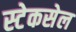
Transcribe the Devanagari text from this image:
स्टेकसेल